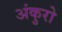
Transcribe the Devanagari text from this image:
अंकुरो